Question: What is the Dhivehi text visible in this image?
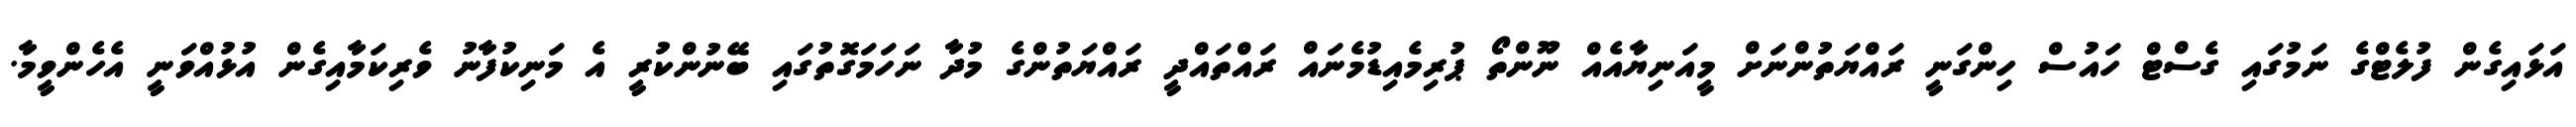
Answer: އަޅައިގެން ފުލެޓްގެ ނަމުގައި ގެސްޓް ހައުސް ހިންގަނީ ރައްޔަތުންނަށް މީއަނިޔާއެއް ނޫންތޯ ޕުރިމެއިޑުމެނައް ރައްތައްދީ ރައްޔަތުންގެ މުދާ ނަހަމަގޮތުގައި ބޭނުންކުރީ އެ މަނިކުފާނު ވެރިކަމާއިގެން އުޅުއްވަނީ އެހެންވީމާ.